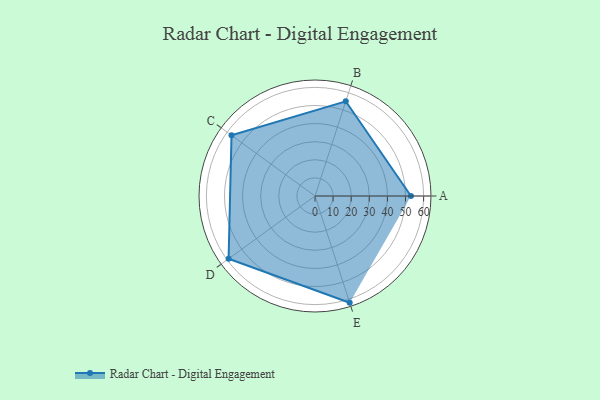
{"axis": {"x": "Skill", "y": "Score"}, "legend": ["Profile"], "data": [{"x": "A", "y": 53.0, "type": "Profile"}, {"x": "B", "y": 55.0, "type": "Profile"}, {"x": "C", "y": 57.0, "type": "Profile"}, {"x": "D", "y": 59.0, "type": "Profile"}, {"x": "E", "y": 62.0, "type": "Profile"}]}